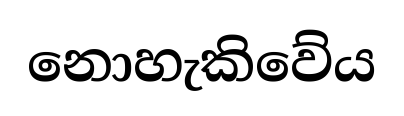
නොහැකිවේය